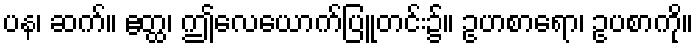
ပန၊ ဆက်။ ဧတ္ထ၊ ဤလေယောက်ပြူတင်း၌။ ဥပာစာရော၊ ဥပစာကို။